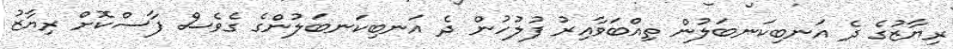
ރިޔާޒުގެ ދެ އަނބިކަނބަލުން ތިއްބަވާއިރު ފުލުހުން ދެ އަނބިކަނބަލުންގެ ގެވެސް ފާސްކޮށް ރިޔާޒު